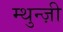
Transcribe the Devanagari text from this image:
म्थुन्ज़ी